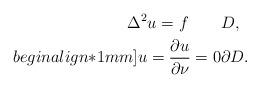
LaTeX: \begin{align*}\Delta^2 u=f \qquad& D,\\begin{align*}1mm]u=\frac{\partial u}{\partial \nu} = 0 & \partial D.\end{align*}